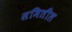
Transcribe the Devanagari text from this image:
समितील